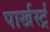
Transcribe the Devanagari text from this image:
पार्खर्स्ट्र